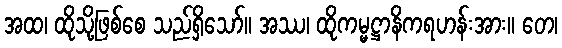
အထ၊ ထိုသို့ဖြစ်စေ သည်ရှိသော်။ အဿ၊ ထိုကမ္မဋ္ဌာနိကရဟန်းအား။ တေ၊